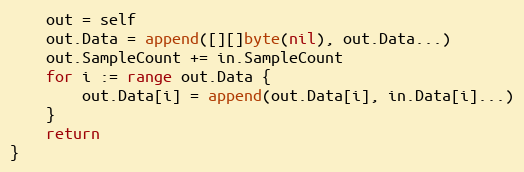
Language: Go
	out = self
	out.Data = append([][]byte(nil), out.Data...)
	out.SampleCount += in.SampleCount
	for i := range out.Data {
		out.Data[i] = append(out.Data[i], in.Data[i]...)
	}
	return
}